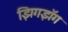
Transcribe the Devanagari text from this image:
झिगझॅग